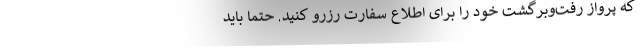
که پرواز رفت‌وبرگشت خود را برای اطلاع سفارت رزرو کنید. حتماً باید